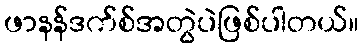
ဖာနန်ဒက်စ်အတွဲပဲဖြစ်ပါတယ်။